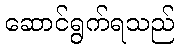
ဆောင်ရွက်ရသည်